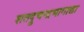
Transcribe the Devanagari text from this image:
शतद्रुचन्द्रभागाद्या